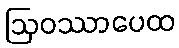
ဩဝဿာပေထ